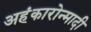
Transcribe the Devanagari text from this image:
अहंकारोन्मादी